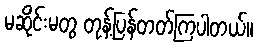
မဆိုင်းမတွ တုန့်ပြန်တတ်ကြပါတယ်။